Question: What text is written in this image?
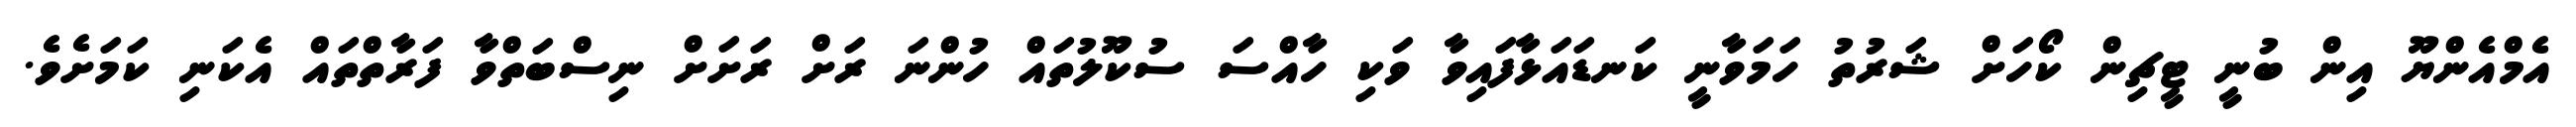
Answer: އެމްއެންޔޫ އިން ބުނީ ޓީޗިން ކޯހަށް ޝަރުތު ހަމަވާނީ ކަނޑައަޅާފައިވާ ވަކި ހާއްސަ ސުކޫލުތައް ހުންނަ ރަށް ރަށަށް ނިސްބަތްވާ ފަރާތްތައް އެކަނި ކަމަށެވެ.